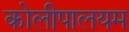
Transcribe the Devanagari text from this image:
कोलीपालयम